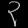
Digit: ၃